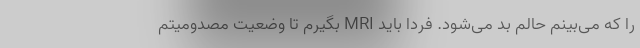
را که می‌بینم حالم بد می‌شود. فردا باید MRI بگیرم تا وضعیت مصدومیتم